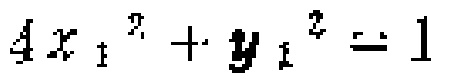
$4x_{1}^{2}+y_{1}^{2}=1$